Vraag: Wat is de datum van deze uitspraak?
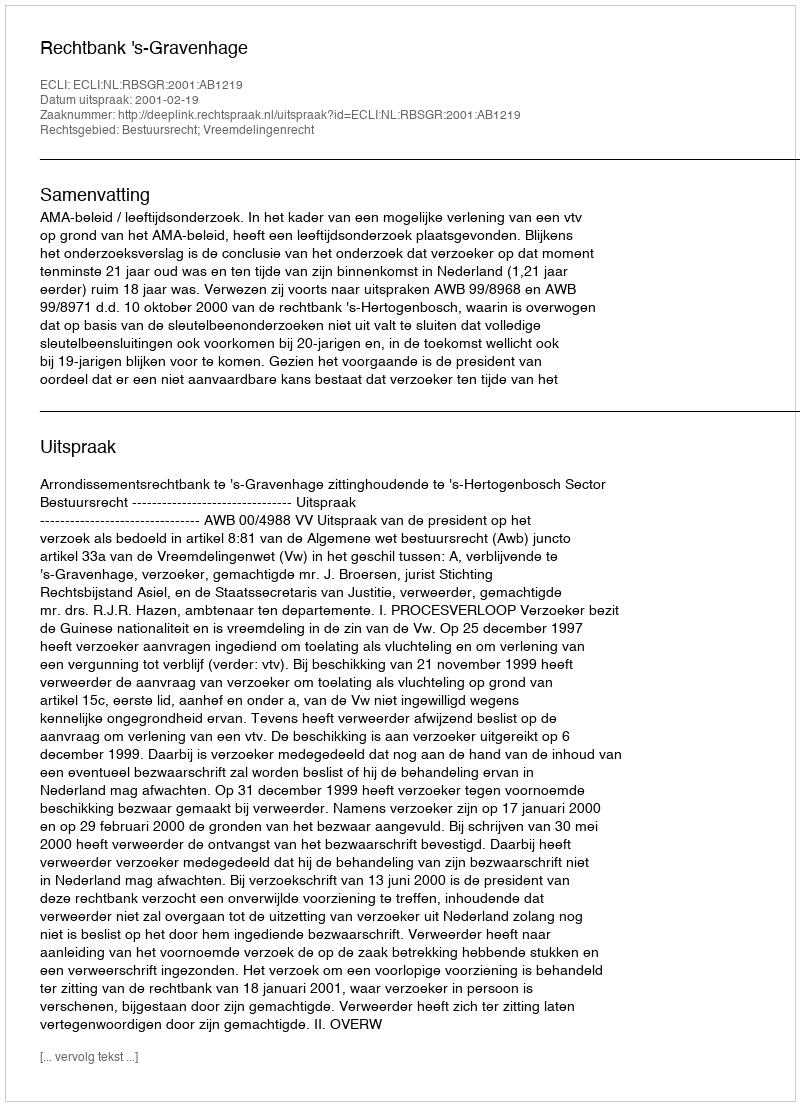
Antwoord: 2001-02-19